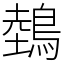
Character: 鵱